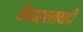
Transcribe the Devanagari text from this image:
जैवदहशतवादी